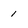
Character: 1